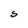
Character: S